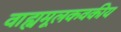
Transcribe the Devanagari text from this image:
वाह्यमूलकवकीय